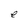
Character: e